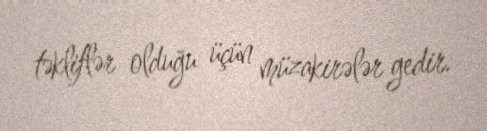
təkliflər olduğu üçün müzakirələr gedir.